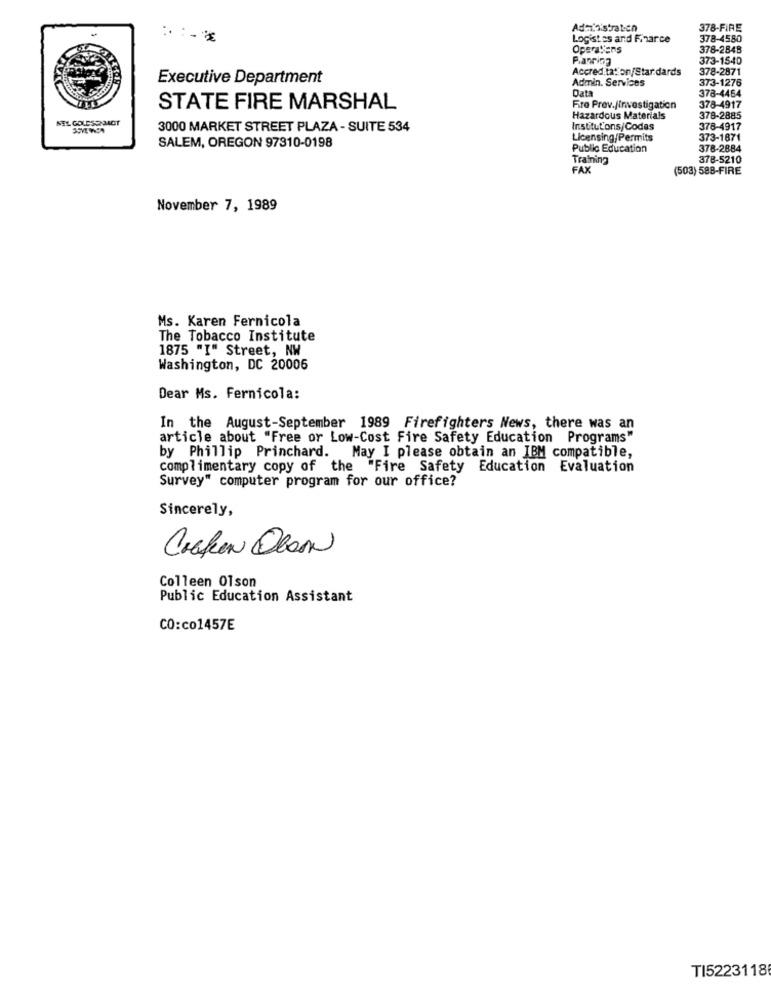
Administratech
378-FIRE
Logistes and Fiharce
378-4580
Operations
378-2848
373-1540
Accreditation/Star dards
378-2871
Executive Department
Admin. Services
373-1276
Data
378-4464
STATE FIRE MARSHAL
Fire Prev./Investigation
378-4917
NEL GOLDS2 MOT
Hazardous Materials
378-2885
3000 MARKET STREET PLAZA - SUITE 534
Institutons/Codes
378-4917
Licensing/Permits
373-1871
SALEM, OREGON 97310-0198
Public Education
378-2884
Training
378-5210
FAX
(503) 588-FIRE
November 7, 1989
Ms. Karen Fernicola
The Tobacco Institute
1875 "I" Street, NW
Washington, DC 20006
Dear Ms. Fernicola:
In the August-September 1989 Firefighters News, there was an
article about "Free or Low-Cost Fire Safety Education Programs"
by Phillip Princhard. May I please obtain an IBM compatible,
complimentary copy of the "Fire Safety Education Evaluation
Survey" computer program for our office?
Sincerely,
CHEfen OloAN
Colleen Olson
Public Education Assistant
CO:co1457E
TI5223118